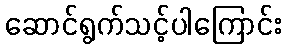
ဆောင်ရွက်သင့်ပါကြောင်း